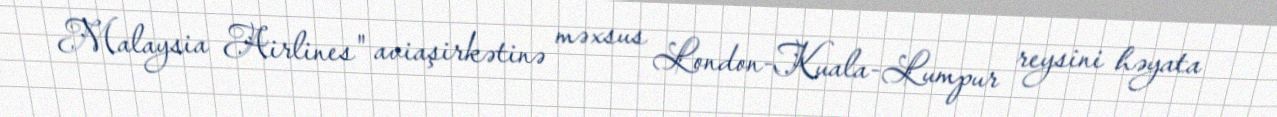
Malaysia Airlines" aviaşirkətinə məxsus London-Kuala-Lumpur reysini həyata